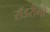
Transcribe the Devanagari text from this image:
रॉडरीगो